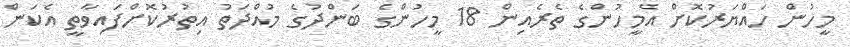
މީހުން ހައްޔަރުކޮށް އެމީހުންގެ ތެރެއިން 18 މީހުންގެ ބަންދުގެ މުއްދަތު އިތުރުކޮށްފައިވާތީ އެކަން